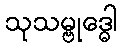
သုသမ္ဗုဒ္ဓေါ